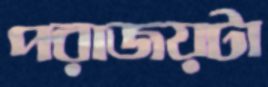
পরাজয়টা